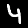
Digit: 4